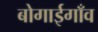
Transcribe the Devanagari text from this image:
बोगाईगाँव